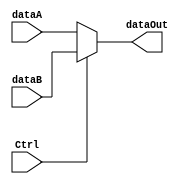


module mux_2to1( dataA, dataB, Ctrl, dataOut );
// dataA = , dataB =  //

input dataA ;
input dataB ;
input Ctrl ;
output dataOut;

assign dataOut = (Ctrl) ? dataB : dataA ;

endmodule